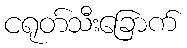
ငရုတ်သီးခြောက်